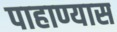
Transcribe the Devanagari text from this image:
पाहाण्यास